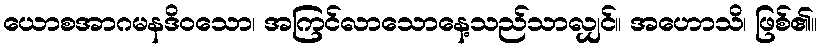
ယောစအာဂမနဒိဝသော၊ အကြင်လာသောနေ့သည်သာလျှင်။ အဟောသိ၊ ဖြစ်၏။